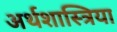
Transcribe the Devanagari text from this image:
अर्थशास्त्रिया